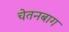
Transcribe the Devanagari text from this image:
चेतनबाग